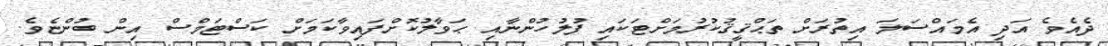
ދެއެވެ އަދި އެމައްސަލަ އިތުރަށް ތަޙްޤީޤުކުރުމަށްޓަކައި ފުލުހުންނާއި ޙަވާލުކޮށްފައިވާކަމަަށް ކަސްޓަމްސް އިން ބުންޏެވެ.